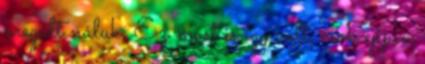
megált náluk, Ez most is így volt, csak éppen